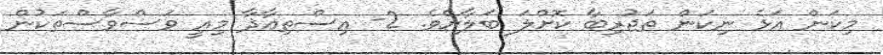
މިކަން އަޅެ ނިކަން ތަޖުރިބާ ކޮށްލަ ބަލާށެވެ. 2- އިސްތިޢާޛާ މިއީ ވަސްވާސްތަކުން